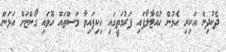
ދެކުދިން އަކިރި އެޅުން ހުއްޓާލާފައި ފަރުމަތީގައި ހިކިފައިވާ މަސްތައް ހޮވައި ގޯންޏަށް އަޅަން